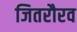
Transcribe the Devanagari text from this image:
जितरौरव